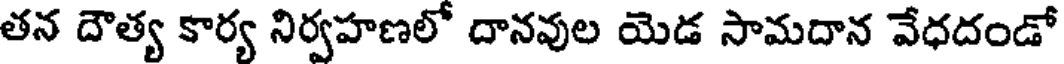
తన దౌత్య కార్య నిర్వహణలో దానవుల యెడ సామదాన వేధదండో